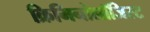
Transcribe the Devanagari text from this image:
क्रिमिनोलॉजिस्ट